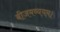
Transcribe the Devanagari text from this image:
बीजमव्ययम।